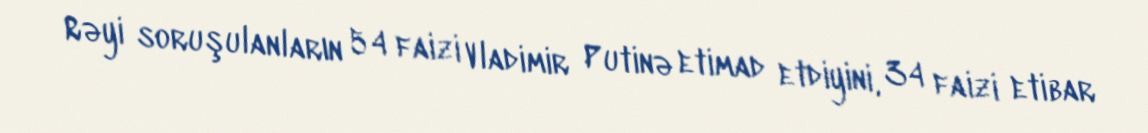
Rəyi soruşulanların 54 faizi Vladimir Putinə etimad etdiyini, 34 faizi etibar